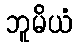
ဘူမိယံ